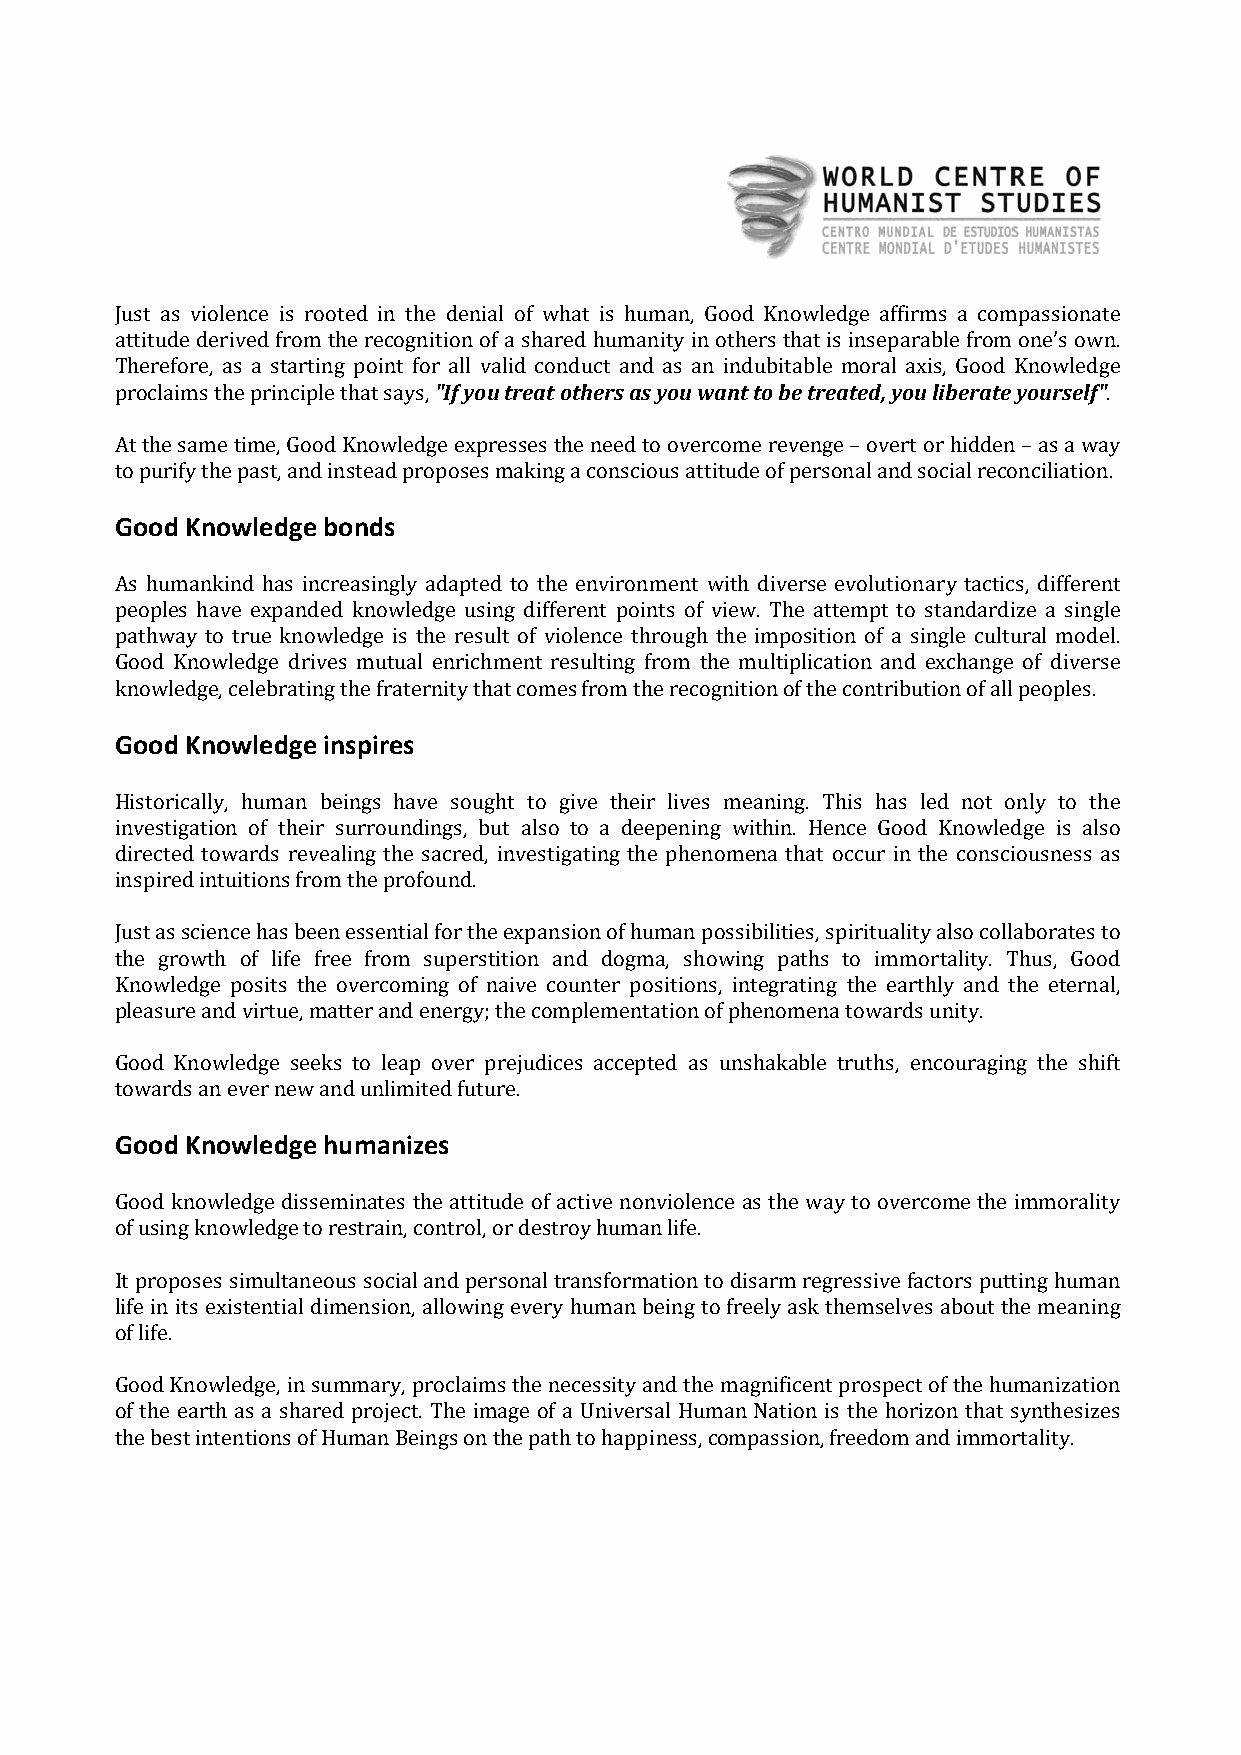
Just as violence is rooted in the denial of what is human, Good Knowledge affirms a compassionate
 attitude derived from the recognition of a shared humanity in others that is inseparable from one’s own.
 Therefore, as a starting point for all valid conduct and as an indubitable moral axis, Good Knowledge
 proclaims the principle that says, "If you treat others as you want to be treated, you liberate yourself".
 At the same time, Good Knowledge expresses the need to overcome revenge – overt or hidden – as a way
 to purify the past, and instead proposes making a conscious attitude of personal and social reconciliation.
 Good Knowledge bonds
 As humankind has increasingly adapted to the environment with diverse evolutionary tactics, different
 peoples have expanded knowledge using different points of view. The attempt to standardize a single
 pathway to true knowledge is the result of violence through the imposition of a single cultural model.
 Good Knowledge drives mutual enrichment resulting from the multiplication and exchange of diverse
 knowledge, celebrating the fraternity that comes from the recognition of the contribution of all peoples.
 Good Knowledge inspires
 Historically, human beings have sought to give their lives meaning. This has led not only to the
 investigation of their surroundings, but also to a deepening within. Hence Good Knowledge is also
 directed towards revealing the sacred, investigating the phenomena that occur in the consciousness as
 inspired intuitions from the profound.
 Just as science has been essential for the expansion of human possibilities, spirituality also collaborates to
 the growth of life free from superstition and dogma, showing paths to immortality. Thus, Good
 Knowledge posits the overcoming of naive counter positions, integrating the earthly and the eternal,
 pleasure and virtue, matter and energy; the complementation of phenomena towards unity.
 Good Knowledge seeks to leap over prejudices accepted as unshakable truths, encouraging the shift
 towards an ever new and unlimited future.
 Good Knowledge humanizes
 Good knowledge disseminates the attitude of active nonviolence as the way to overcome the immorality
 of using knowledge to restrain, control, or destroy human life.
 It proposes simultaneous social and personal transformation to disarm regressive factors putting human
 life in its existential dimension, allowing every human being to freely ask themselves about the meaning
 of life.
 Good Knowledge, in summary, proclaims the necessity and the magnificent prospect of the humanization
 of the earth as a shared project. The image of a Universal Human Nation is the horizon that synthesizes
 the best intentions of Human Beings on the path to happiness, compassion, freedom and immortality.